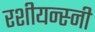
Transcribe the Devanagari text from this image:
रशीयन्स्नी